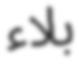
بلاء